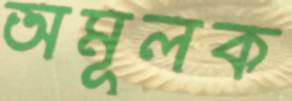
অমূলক